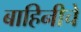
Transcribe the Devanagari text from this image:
बाहिनीचे